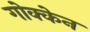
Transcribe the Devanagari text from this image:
गोक्केन